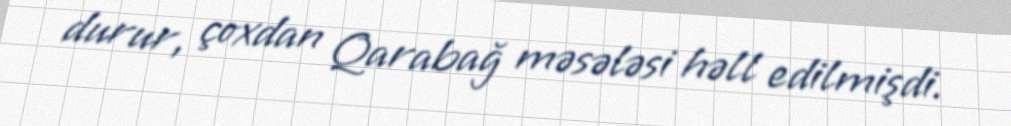
durur, çoxdan Qarabağ məsələsi həll edilmişdi.